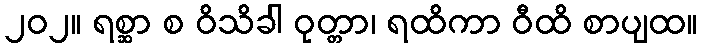
၂၀၂။ ရစ္ဆာ စ ဝိသိခါ ဝုတ္တာ၊ ရထိကာ ဝီထိ စာပျထ။